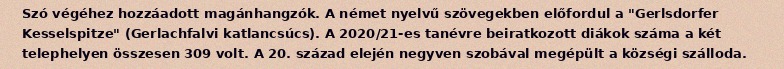
Szó végéhez hozzáadott magánhangzók. A német nyelvű szövegekben előfordul a "Gerlsdorfer Kesselspitze" (Gerlachfalvi katlancsúcs). A 2020/21-es tanévre beiratkozott diákok száma a két telephelyen összesen 309 volt. A 20. század elején negyven szobával megépült a községi szálloda.